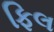
ફિલ